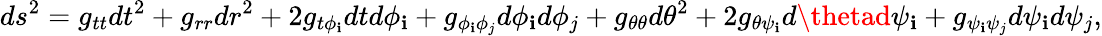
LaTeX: ds^{2}=g_{tt}dt^{2}+g_{rr}dr^{2}+2g_{t\phi_{\mathbf{i}}}dtd\phi_{\mathbf{i}}+g_{\phi_{\mathbf{i}}\phi_{j}}d\phi_{\mathbf{i}}d\phi_{j}+g_{\theta\theta}d\theta^{2}+2g_{\theta\psi_{\mathbf{i}}}d\thetad\psi_{\mathbf{i}}+g_{\psi_{\mathbf{i}}\psi_{j}}d\psi_{\mathbf{i}}d\psi_{j},